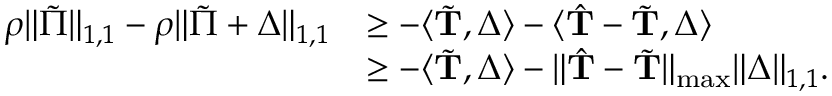
\begin{array} { r l } { \rho \| \tilde { \boldsymbol { \Pi } } \| _ { 1 , 1 } - \rho \| \tilde { \boldsymbol { \Pi } } + \boldsymbol { \Delta } \| _ { 1 , 1 } } & { \geq - \langle \tilde { \mathbf { T } } , \boldsymbol { \Delta } \rangle - \langle \hat { \mathbf { T } } - \tilde { \mathbf { T } } , \boldsymbol { \Delta } \rangle } \\ & { \geq - \langle \tilde { \mathbf { T } } , \boldsymbol { \Delta } \rangle - \| \hat { \mathbf { T } } - \tilde { \mathbf { T } } \| _ { \operatorname* { m a x } } \| \boldsymbol { \Delta } \| _ { 1 , 1 } . } \end{array}